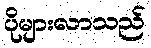
ပိုများလာသည်